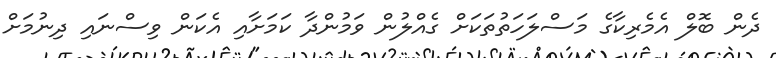
ދެން ބޮލް އެމެރިކާގެ މަސްލަހަތުތަކަށް ގެއްލުން ވަމުންދާ ކަމަށާއި އެކަން ވިސްނައި ދިނުމަށް